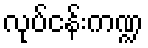
လုပ်ငန်းကဏ္ဍ